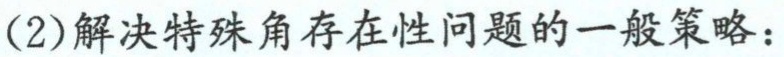
(2)解决特殊角存在性问题的一般策略：